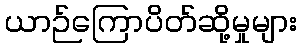
ယာဉ်ကြောပိတ်ဆို့မှုများ